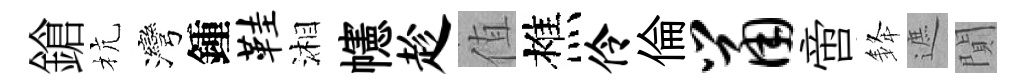
鎗杭灣鍾鞋湘幰趁值樵伶倫鼠啻𨦟遮閴